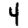
Digit: 4